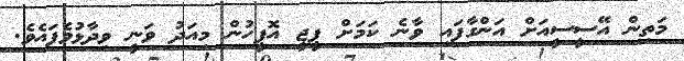
މަތިން އޭސީސީއަށް އަންގާފައި ވާނެ ކަމަށް ޕީޖީ އޮފީހުން މިއަދު ވަނީ ވިދާޅުވެފައެވެ.